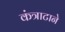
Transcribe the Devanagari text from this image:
कंत्राटाने